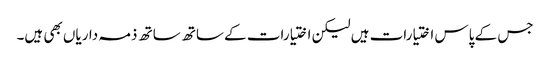
جس کے پاس اختیارات ہیں لیکن اختیارات کے ساتھ ساتھ ذمہ داریاں بھی ہیں۔